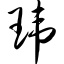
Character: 玮